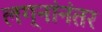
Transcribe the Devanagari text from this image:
लग्नांनंतर